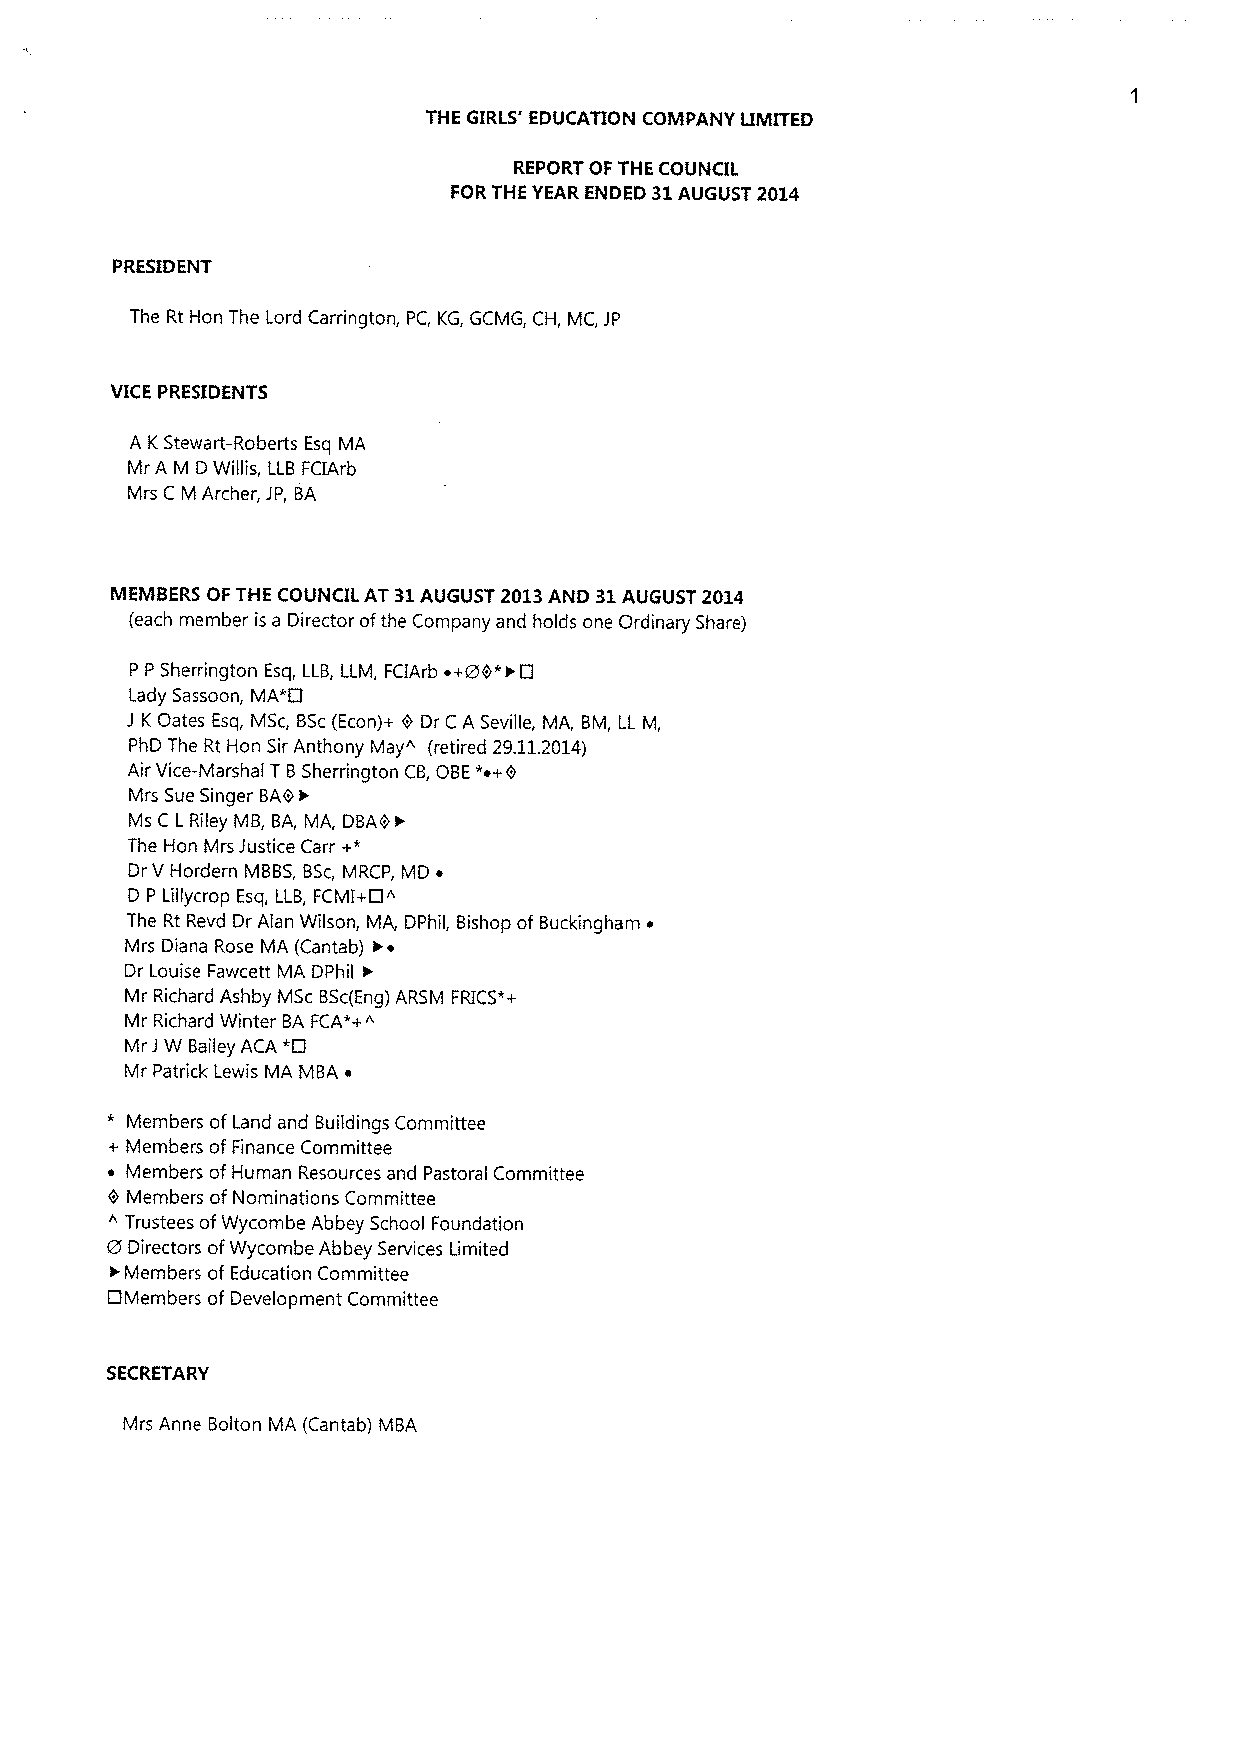
THE GIRLS' EDUCATION COMPANY LIMITED
 REPORT OF THE COUNCIL
 FORTHE YEAR ENDED 31AUGUST 2014
 PRESIDENT
 The Rt Hon The Lord Carrington, PC, KG, GCMG, CH, MC, JP
 VICE PRESIDENTS
 A KStewart-Roberts Esq MA
 Mr A M DWillis, LLB FCIArb
 Mrs C M Archer, JP, BA
 MEMBERS OF THE COUNCIL AT 31AUGUST 2013AND 31AUGUST 2014
 (each member is a Director ofthe Company and holds one Ordinary Share)
 P P Sherrington Esq, LLB, LLM, FCIArb ~+80*&O
 Lady Sassoon, MA*0
 J KOates Esq, MSc, BSc(Econ)+ 0 Dr C A Seville, MA, BM, LL M,
 PhD The Rt Hon SirAnthony May" (retired 29.11.2014)
 Air Vice-Marshal T BiSherrington CB,OBE*~+0
 Mrs Sue Singer BA0
 Ms C L Riley MB, BA, MA, DBA0 &
 The Hon Mrs Justice Carr +*
 DrV Hordern MBBS,BSc,MRCP, MD ~
 D P Lillycrop Esq, LLB, FCMI+Cl~
 The Rt Revd Dr Alan Wilson, MiAi, DPhil, Bishop ofBuckingham o
 Mrs Diana Rose MA (Cantab)
 Dr Louise Fawcett MA DPhil &
 Mr Richard Ashby MSc BSc(Eng)ARSM FRICS*+
 Mr Richard Winter BA FCA*+~
 Mr JW Bailey ACA *CI
 Mr Patrick Lewis MA MBA ~
 *
 Members ofLand and Buildings Committee
 + Members ofFinance Committee
 i
 Members ofHuman Resources and Pastoral Committee
 0 Members ofNominations Committee
 ~ Trustees ofWycombe Abbey School Foundation
 8
 Directors ofWycombe Abbey Services Limited
 t
 Members of Education Committee
 CIMembers of Development Committee
 SECRETARY
 Mrs Anne Bolton MA (Cantab) MBA